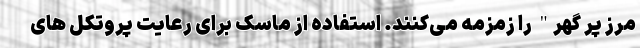
مرز پر گهر" را زمزمه می‌کنند. استفاده از ماسک برای رعایت پروتکل های